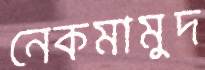
নেকমামুদ